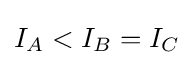
I_{A}<I_{B}=I_{C}